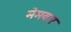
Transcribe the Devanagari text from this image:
मेमवार